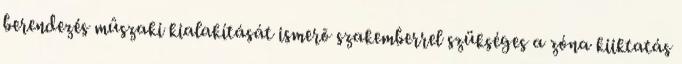
berendezés mûszaki kialakítását ismerõ szakemberrel szükséges a zóna kiiktatás